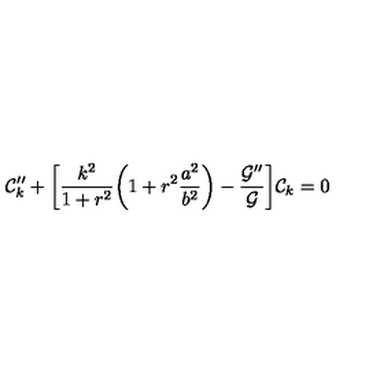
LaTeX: { \cal C } _ { k } ^ { \prime \prime } + \biggl [ \frac { k ^ { 2 } } { 1 + r ^ { 2 } } \biggl ( 1 + r ^ { 2 } \frac { a ^ { 2 } } { b ^ { 2 } } \biggr ) - \frac { { \cal G } ^ { \prime \prime } } { { \cal G } } \biggr ] { \cal C } _ { k } = 0